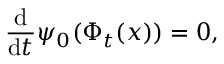
\frac { \mathrm { d } } { \mathrm { d } t } \psi _ { 0 } ( \Phi _ { t } ( x ) ) = 0 ,